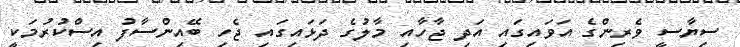
ސިޔާސީ ވެރިންގެ އަވައިގައި އަދި ޖާހާއި މާލުގެ ދަޅައިގައި ޖެހި ބޭއިންސާފު އިސްކުރުމަކީ